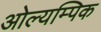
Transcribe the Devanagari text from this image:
ओल्यम्पिक